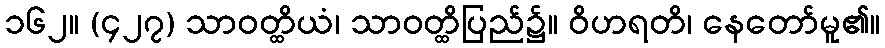
၁၆၂။ (၄၂၇) သာဝတ္ထိယံ၊ သာဝတ္ထိပြည်၌။ ဝိဟရတိ၊ နေတော်မူ၏။